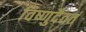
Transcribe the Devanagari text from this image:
विष्णुदैवतं